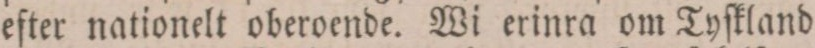
efter nationelt oberoende. Wi erinra om Tyſkland